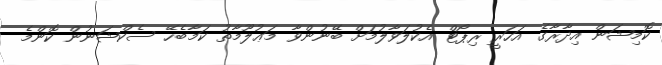
ކޮމިޝަން އިދާރާގެ އަހަރީ ރިޕޯޓް އެކުލަވާލުމަށް ބޭނުންވާ މަޢުލޫމާތު ކަމާބެހޭ ސެކްޝަނުން ކޮންމެ